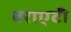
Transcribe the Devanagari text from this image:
वराएटी